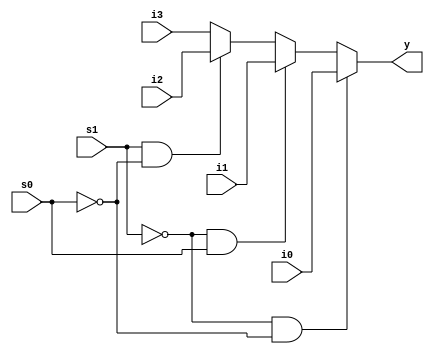
module fourmux1(i0,i1,i2,i3,s0,s1,y);
input i0,i1,i2,i3,s0,s1;
output reg y;
always @ (*)
begin
if(s1==0&&s0==0)
y=i0;
else if(s1==0&&s0==1)
y=i1;
else if(s1==1&&s0==0)
y=i2;
else
y=i3;
end
endmodule